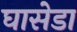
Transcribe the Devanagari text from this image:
घासेडा